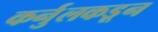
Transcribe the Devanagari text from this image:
कर्नुलकडून